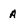
Character: A